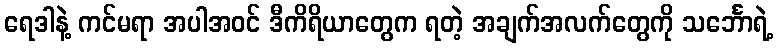
ရေဒါနဲ့ ကင်မရာ အပါအဝင် ဒီကိရိယာတွေက ရတဲ့ အချက်အလက်တွေကို သင်္ဘောရဲ့